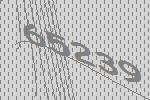
65239